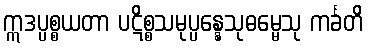
ဣဒပ္ပစ္စယတာ ပဋိစ္စသမုပ္ပန္နေသုဓမ္မေသု ကင်္ခတိ